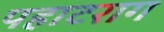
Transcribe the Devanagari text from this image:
पहाटराग